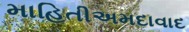
માહિતીઅમદાવાદ